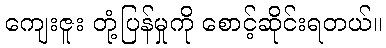
ကျေးဇူး တုံ့ပြန်မှုကို စောင့်ဆိုင်းရတယ်။